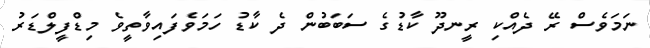
ނަމަވެސް ރޭ ދެއްކި ރީނދޫ ކާޑުގެ ސަބަބުން ދެ ކާޑު ހަމަވެފައިވާތީވެ މިޑްފީލްޑަރު